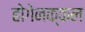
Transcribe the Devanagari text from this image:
होगेनक्कल